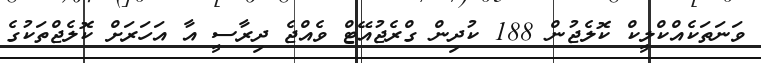
ވަނަތަކެއްކްލީކް ކޮލެޖުން 188 ކުދިން ގްރެޖުއޭޓް ވެއްޖެ ދިރާސީ އާ އަހަރަށް ކޮލެޖްތަކުގެ